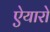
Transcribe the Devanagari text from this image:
ऐयारो